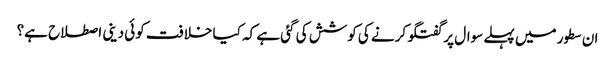
ان سطور میں پہلے سوال پر گفتگو کرنے کی کوشش کی گئی ہے کہ کیا خلافت کوئی دینی اصطلاح ہے؟